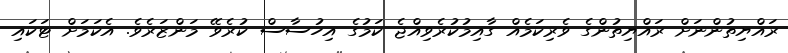
ރައްޔިތުންނަށް ރައްޔިތުންގެ ވެރިކަމެއް ގާއިމުކުރެވިއްޖެ ކަމުގެ އިހުސާސް ކުރެވޭ މަންޒަރެވެ. އެކަމަށް ޓަކައި